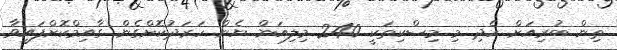
ތިން ބުރިއަށް ހެދި މި މިސްކިތަކީ 240 މިލިއަން ޔެން ހަރަދުކޮށްގެން ގާއިމްކޮށްފައިވާ